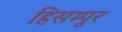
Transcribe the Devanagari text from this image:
हिसम्पुर